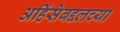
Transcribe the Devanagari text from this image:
अहिंसेबद्दलच्या